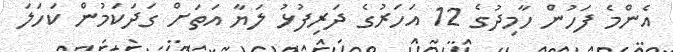
އެންމެ ފަހުން ހާމިދުގެ 12 އަހަރުގެ ދަރިފުޅު ލަޔާ އަތަށް ގަދަކަމުން ކަހަލަ